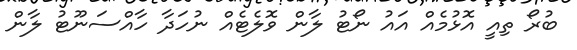
ބުރޯ ތިއީ އޮޅުމެއް އައު ނޯޓު ލާން ވޮލެޓެއް ނުހަދާ ހާއްސަނޫޓު ލާން